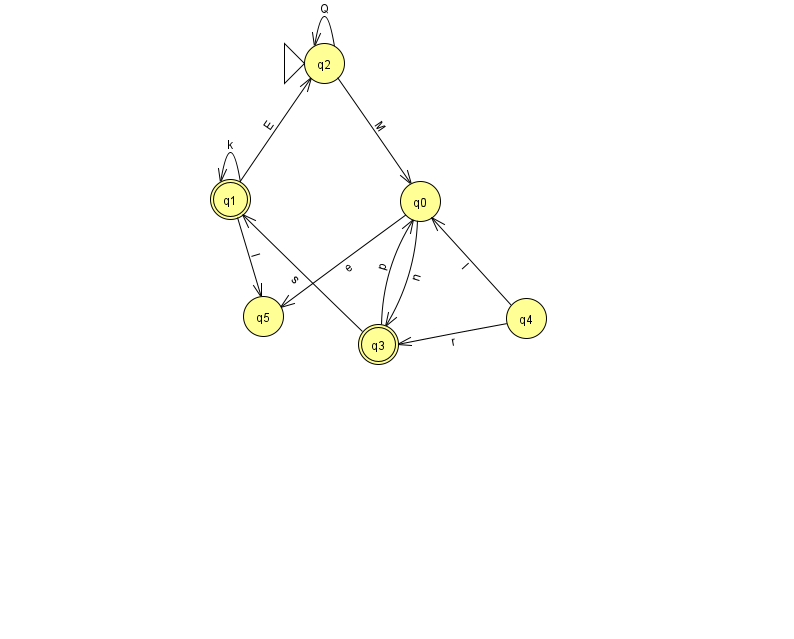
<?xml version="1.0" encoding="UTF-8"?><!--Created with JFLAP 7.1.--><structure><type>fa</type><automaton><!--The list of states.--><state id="0" name="q0"><x>420.0</x><y>188.0</y></state><state id="1" name="q1"><x>230.0</x><y>186.0</y><final/></state><state id="2" name="q2"><x>324.0</x><y>50.0</y><initial/></state><state id="3" name="q3"><x>378.0</x><y>331.0</y><final/></state><state id="4" name="q4"><x>526.0</x><y>305.0</y></state><state id="5" name="q5"><x>263.0</x><y>303.0</y></state><!--The list of transitions.--><transition><from>2</from><to>2</to><read>Q</read></transition><transition><from>4</from><to>3</to><read>r</read></transition><transition><from>3</from><to>0</to><read>p</read></transition><transition><from>0</from><to>3</to><read>n</read></transition><transition><from>4</from><to>0</to><read>I</read></transition><transition><from>1</from><to>1</to><read>k</read></transition><transition><from>1</from><to>2</to><read>E</read></transition><transition><from>0</from><to>5</to><read>e</read></transition><transition><from>1</from><to>5</to><read>l</read></transition><transition><from>2</from><to>0</to><read>M</read></transition><transition><from>3</from><to>1</to><read>s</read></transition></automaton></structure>